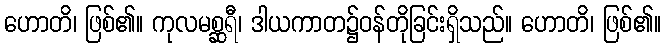
ဟောတိ၊ ဖြစ်၏။ ကုလမစ္ဆရီ၊ ဒါယကာတ၌ဝန်တိုခြင်းရှိသည်။ ဟောတိ၊ ဖြစ်၏။